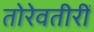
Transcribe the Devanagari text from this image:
तोरेवतीरीं